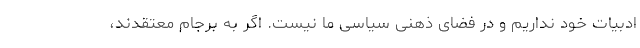
ادبیات خود نداریم و در فضای ذهنی سیاسی ما نیست. اگر به برجام معتقدند،